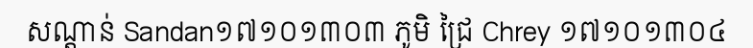
សណ្តាន់ Sandan១៧១០១៣០៣ ភូមិ ជ្រៃ Chrey ១៧១០១៣០៤